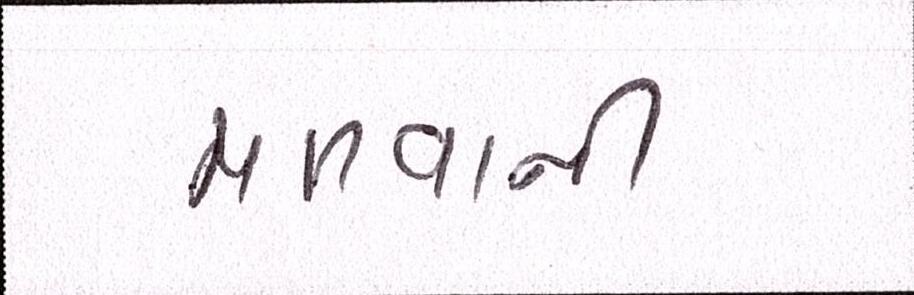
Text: મળવાની